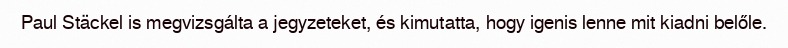
Paul Stäckel is megvizsgálta a jegyzeteket, és kimutatta, hogy igenis lenne mit kiadni belőle.